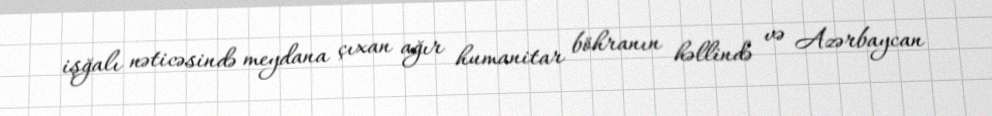
işğalı nəticəsində meydana çıxan ağır humanitar böhranın həllində və Azərbaycan